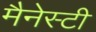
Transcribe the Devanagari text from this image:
मैनेस्टी